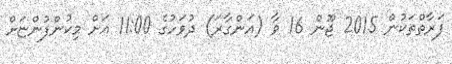
ފަރާތްތަކުން 2015 ޖޫން 16 ވާ (އަންގާރަ) ދުވަހުގެ 11:00 އަށް މިކުންފުންޏަށް